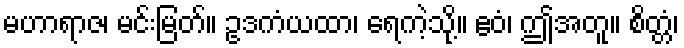
မဟာရာဇ၊ မင်းမြတ်။ ဥဒကံယထာ၊ ရေကဲ့သို့။ ဧဝံ၊ ဤအတူ။ စိတ္တံ၊